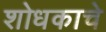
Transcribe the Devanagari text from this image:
शोधकाचे